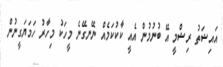
އައިޝަތު ރިޝްމީ އޭ ބުނުމުން އެއީ ކާކުކަމެއް ނޭނގޭނެ މީހަކު މިހާރު ހަމަޔަގީނުން